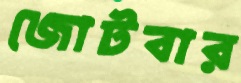
জোটবার